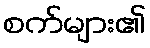
စက်များ၏